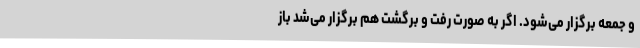
و جمعه برگزار می‌شود. اگر به صورت رفت و برگشت هم برگزار می‌شد باز